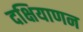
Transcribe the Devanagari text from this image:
दक्षियाणन